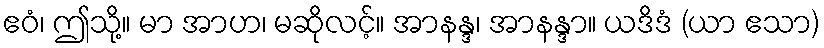
ဧဝံ၊ ဤသို့။ မာ အာဟ၊ မဆိုလင့်။ အာနန္ဒ၊ အာနန္ဒာ။ ယဒိဒံ (ယာ ဧသာ)